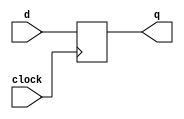
`timescale 1ns / 1ps
// * positive-edge triggered
// * no reset
module dff8 (
	output reg [7:0] q,
	input clock,
	input [7:0] d
);

always @ (posedge clock)
	begin
		q <= d;
	end
endmodule